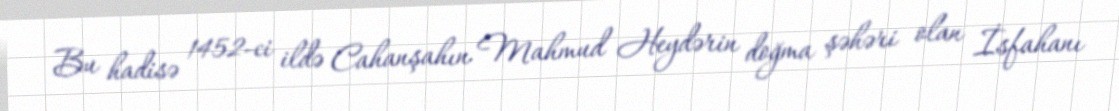
Bu hadisə 1452-ci ildə Cahanşahın Mahmud Heydərin doğma şəhəri olan İsfahanı